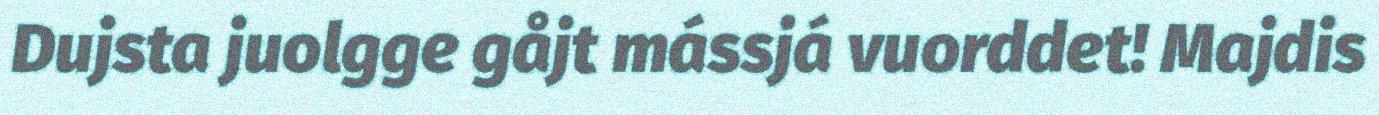
Dujsta juolgge gåjt mássjá vuorddet! Majdis